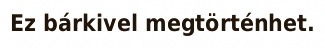
Ez bárkivel megtörténhet.